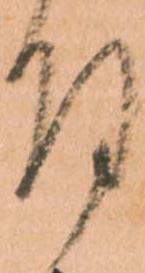
付